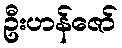
ဦးဟန်ဇော်